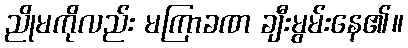
ညိုမကိုလည်း မကြာခဏ ချီးမွမ်းနေ၏။